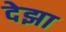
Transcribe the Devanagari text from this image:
देझा